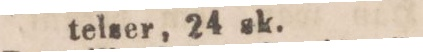
telser, 24 sk.